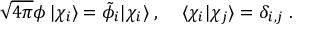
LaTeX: \sqrt { 4 \pi } \phi \, | \chi _ { i } \rangle = \tilde { \phi } _ { i } | \chi _ { i } \rangle \; , \; \; \; \; \langle \chi _ { i } | \chi _ { j } \rangle = \delta _ { i , j } \; .